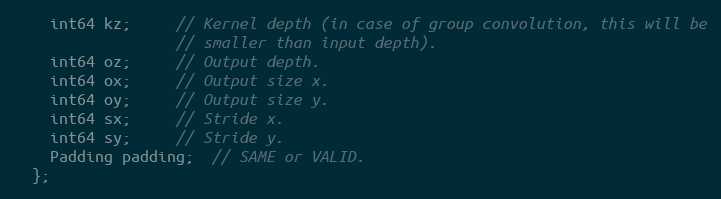
Language: C
    int64 kz;     // Kernel depth (in case of group convolution, this will be
                  // smaller than input depth).
    int64 oz;     // Output depth.
    int64 ox;     // Output size x.
    int64 oy;     // Output size y.
    int64 sx;     // Stride x.
    int64 sy;     // Stride y.
    Padding padding;  // SAME or VALID.
  };